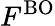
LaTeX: F^{\mathrm{BO}}